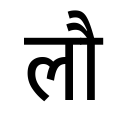
OCR:
लौ